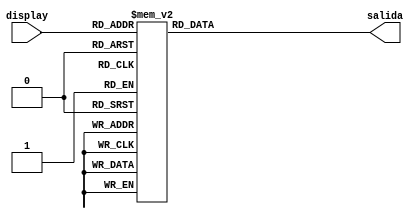
module docodificador(
input [3:0]display,
output reg [6:0]salida
);
always @(*)
begin 
case (display)
4'b0000:salida=7'b1000000;
4'b0001:salida=7'b1111001;
4'b0010:salida=7'b0100100;
4'b0011:salida=7'b0110000;
4'b0100:salida=7'b0011001;
4'b0101:salida=7'b0010010;
4'b0110:salida=7'b0000010;
4'b0111:salida=7'b0111000;
4'b1000:salida=7'b0000000;
4'b1001:salida=7'b0011000;
4'b1010:salida=7'b1000000;
4'b1011:salida=7'b1100000;
4'b1100:salida=7'b0110001;
4'b1101:salida=7'b1000010;
4'b1110:salida=7'b0110000;
4'b1111:salida=7'b0111000;
default:salida=7'b1111111;
endcase
end
endmodule